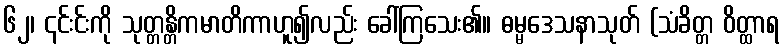
၆၂၊ ၎င်းင်းကို သုတ္တန္တိကမာတိကာဟူ၍လည်း ခေါ်ကြသေး၏။ ဓမ္မဒေသနာသုတ် (သံခိတ္တ ဝိတ္ထာရ